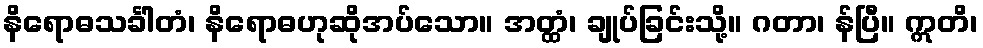
နိရောဓသင်္ခါတံ၊ နိရောဓဟုဆိုအပ်သော။ အတ္ထံ၊ ချုပ်ခြင်းသို့။ ဂတာ၊ န်ပြီ။ ဣတိ၊